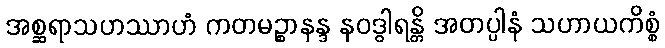
အစ္ဆရာသဟဿာဟံ ကတမဉ္စာနန္ဒ နဝဒွါရန္တိ အတပ္ပါနံ သဟာယကိစ္စံ